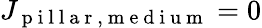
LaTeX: J_{\mathrm{~p~i~l~l~a~r~,~m~e~d~i~u~m~}}=0